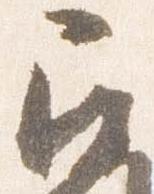
召